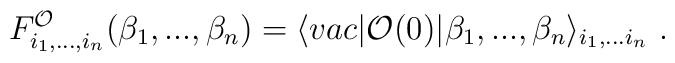
F^{\cal O}_{i_1,...,i_n}(\beta_1,...,\beta_n)=\langle vac\vert{\cal O}(0)\vert\beta_1,...,\beta_n\rangle_{i_1,...i_n}\ .